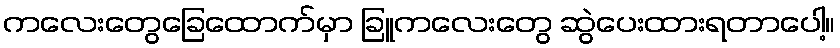
ကလေးတွေခြေထောက်မှာ ခြူကလေးတွေ ဆွဲပေးထားရတာပေါ့။